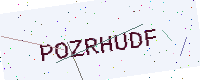
Text: POZRHUDF